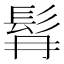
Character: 髥